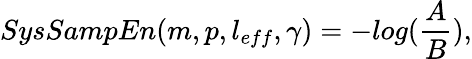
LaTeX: SysSampEn(m,p,l_{eff},\gamma)=−log(\frac{A}{B}),